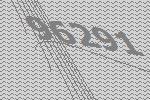
96291